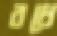
বধে